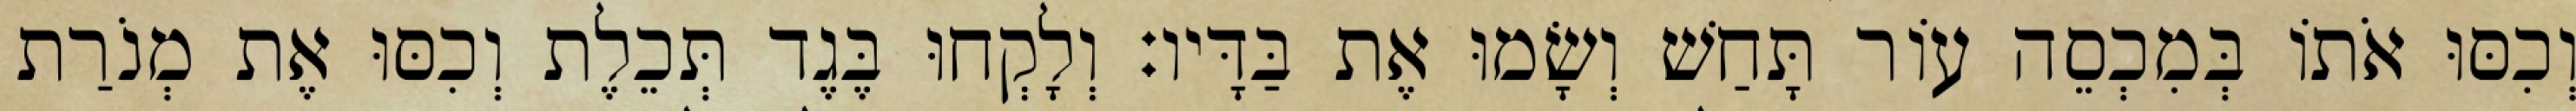
וְכִסּוּ אֹתוֹ בְּמִכְסֵה עוֹר תָּחַשׁ וְשָׂמוּ אֶת בַּדָּיו׃ וְלָקְחוּ בֶּגֶד תְּכֵלֶת וְכִסּוּ אֶת מְנֹרַת